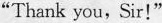
“Thank you,Sir!"